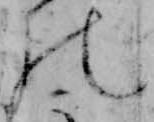
の